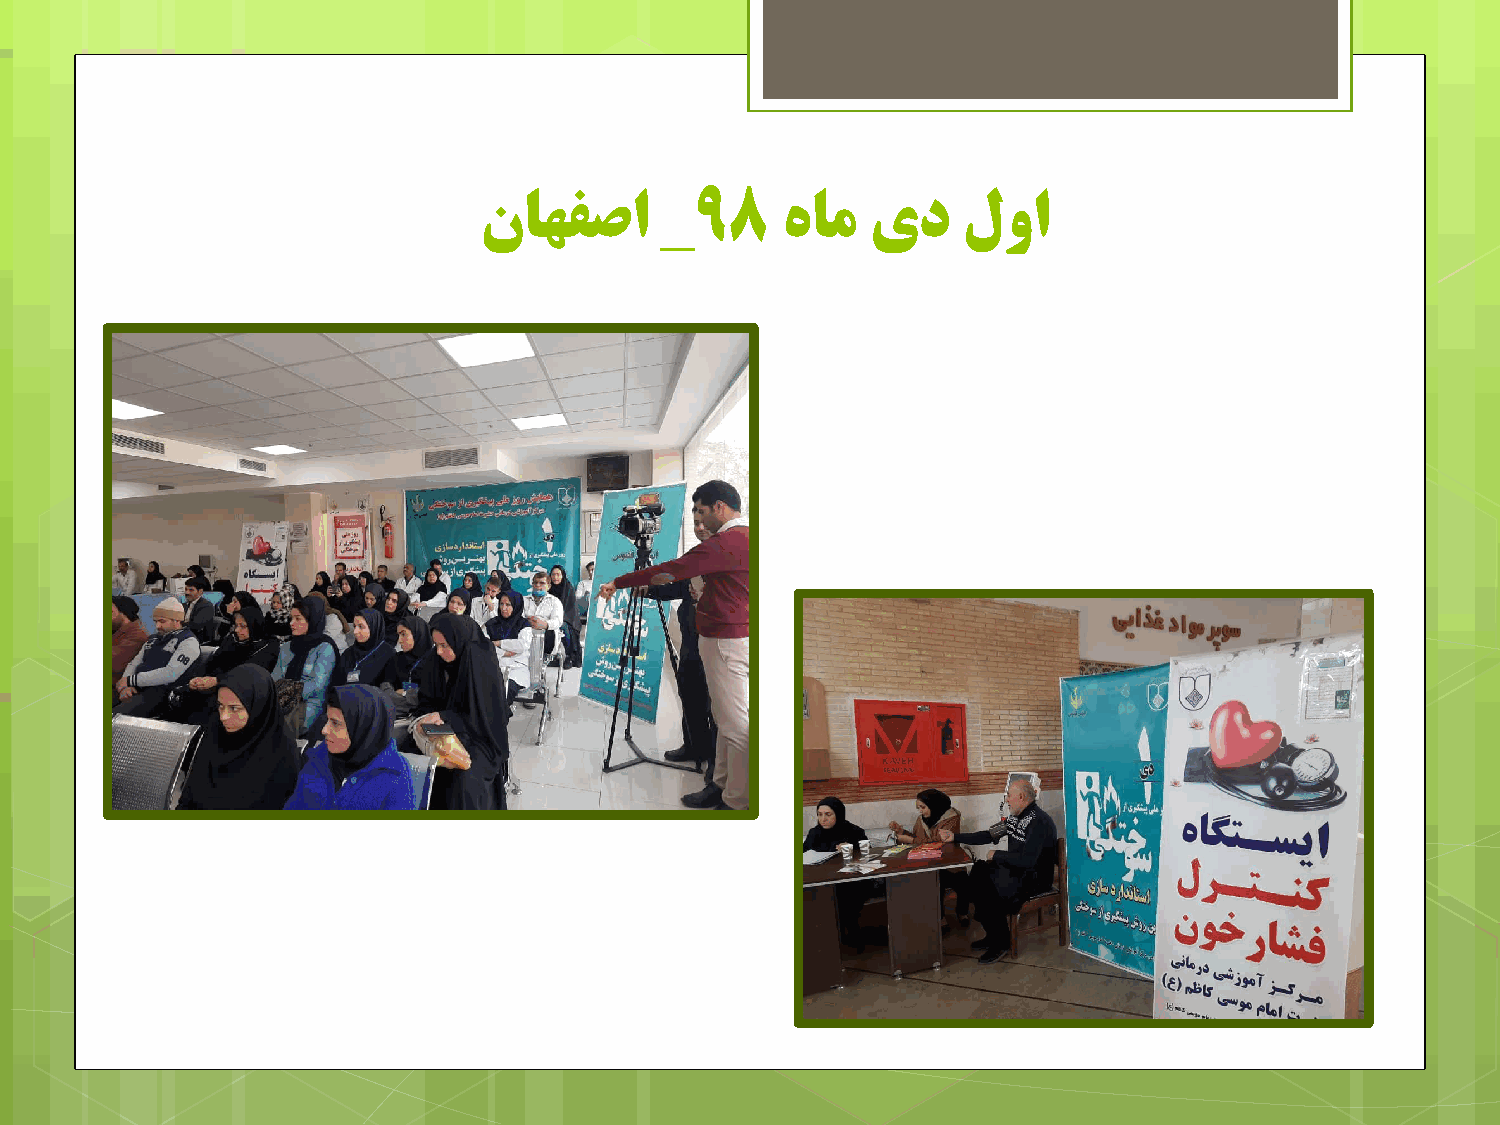
_
 ناُفصا        98    ٌام   ید    ليا